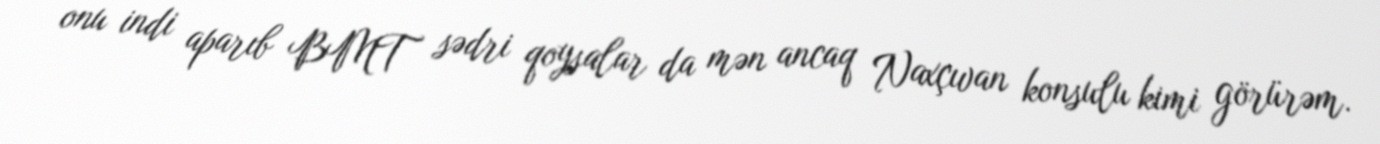
onu indi aparıb BMT sədri qoysalar da mən ancaq Naxçıvan konsulu kimi görürəm.